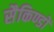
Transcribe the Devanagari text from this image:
सैकिण्डों